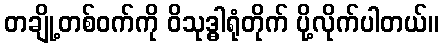
တချို့တစ်ဝက်ကို ဝိသုဒ္ဓါရုံတိုက် ပို့လိုက်ပါတယ်။